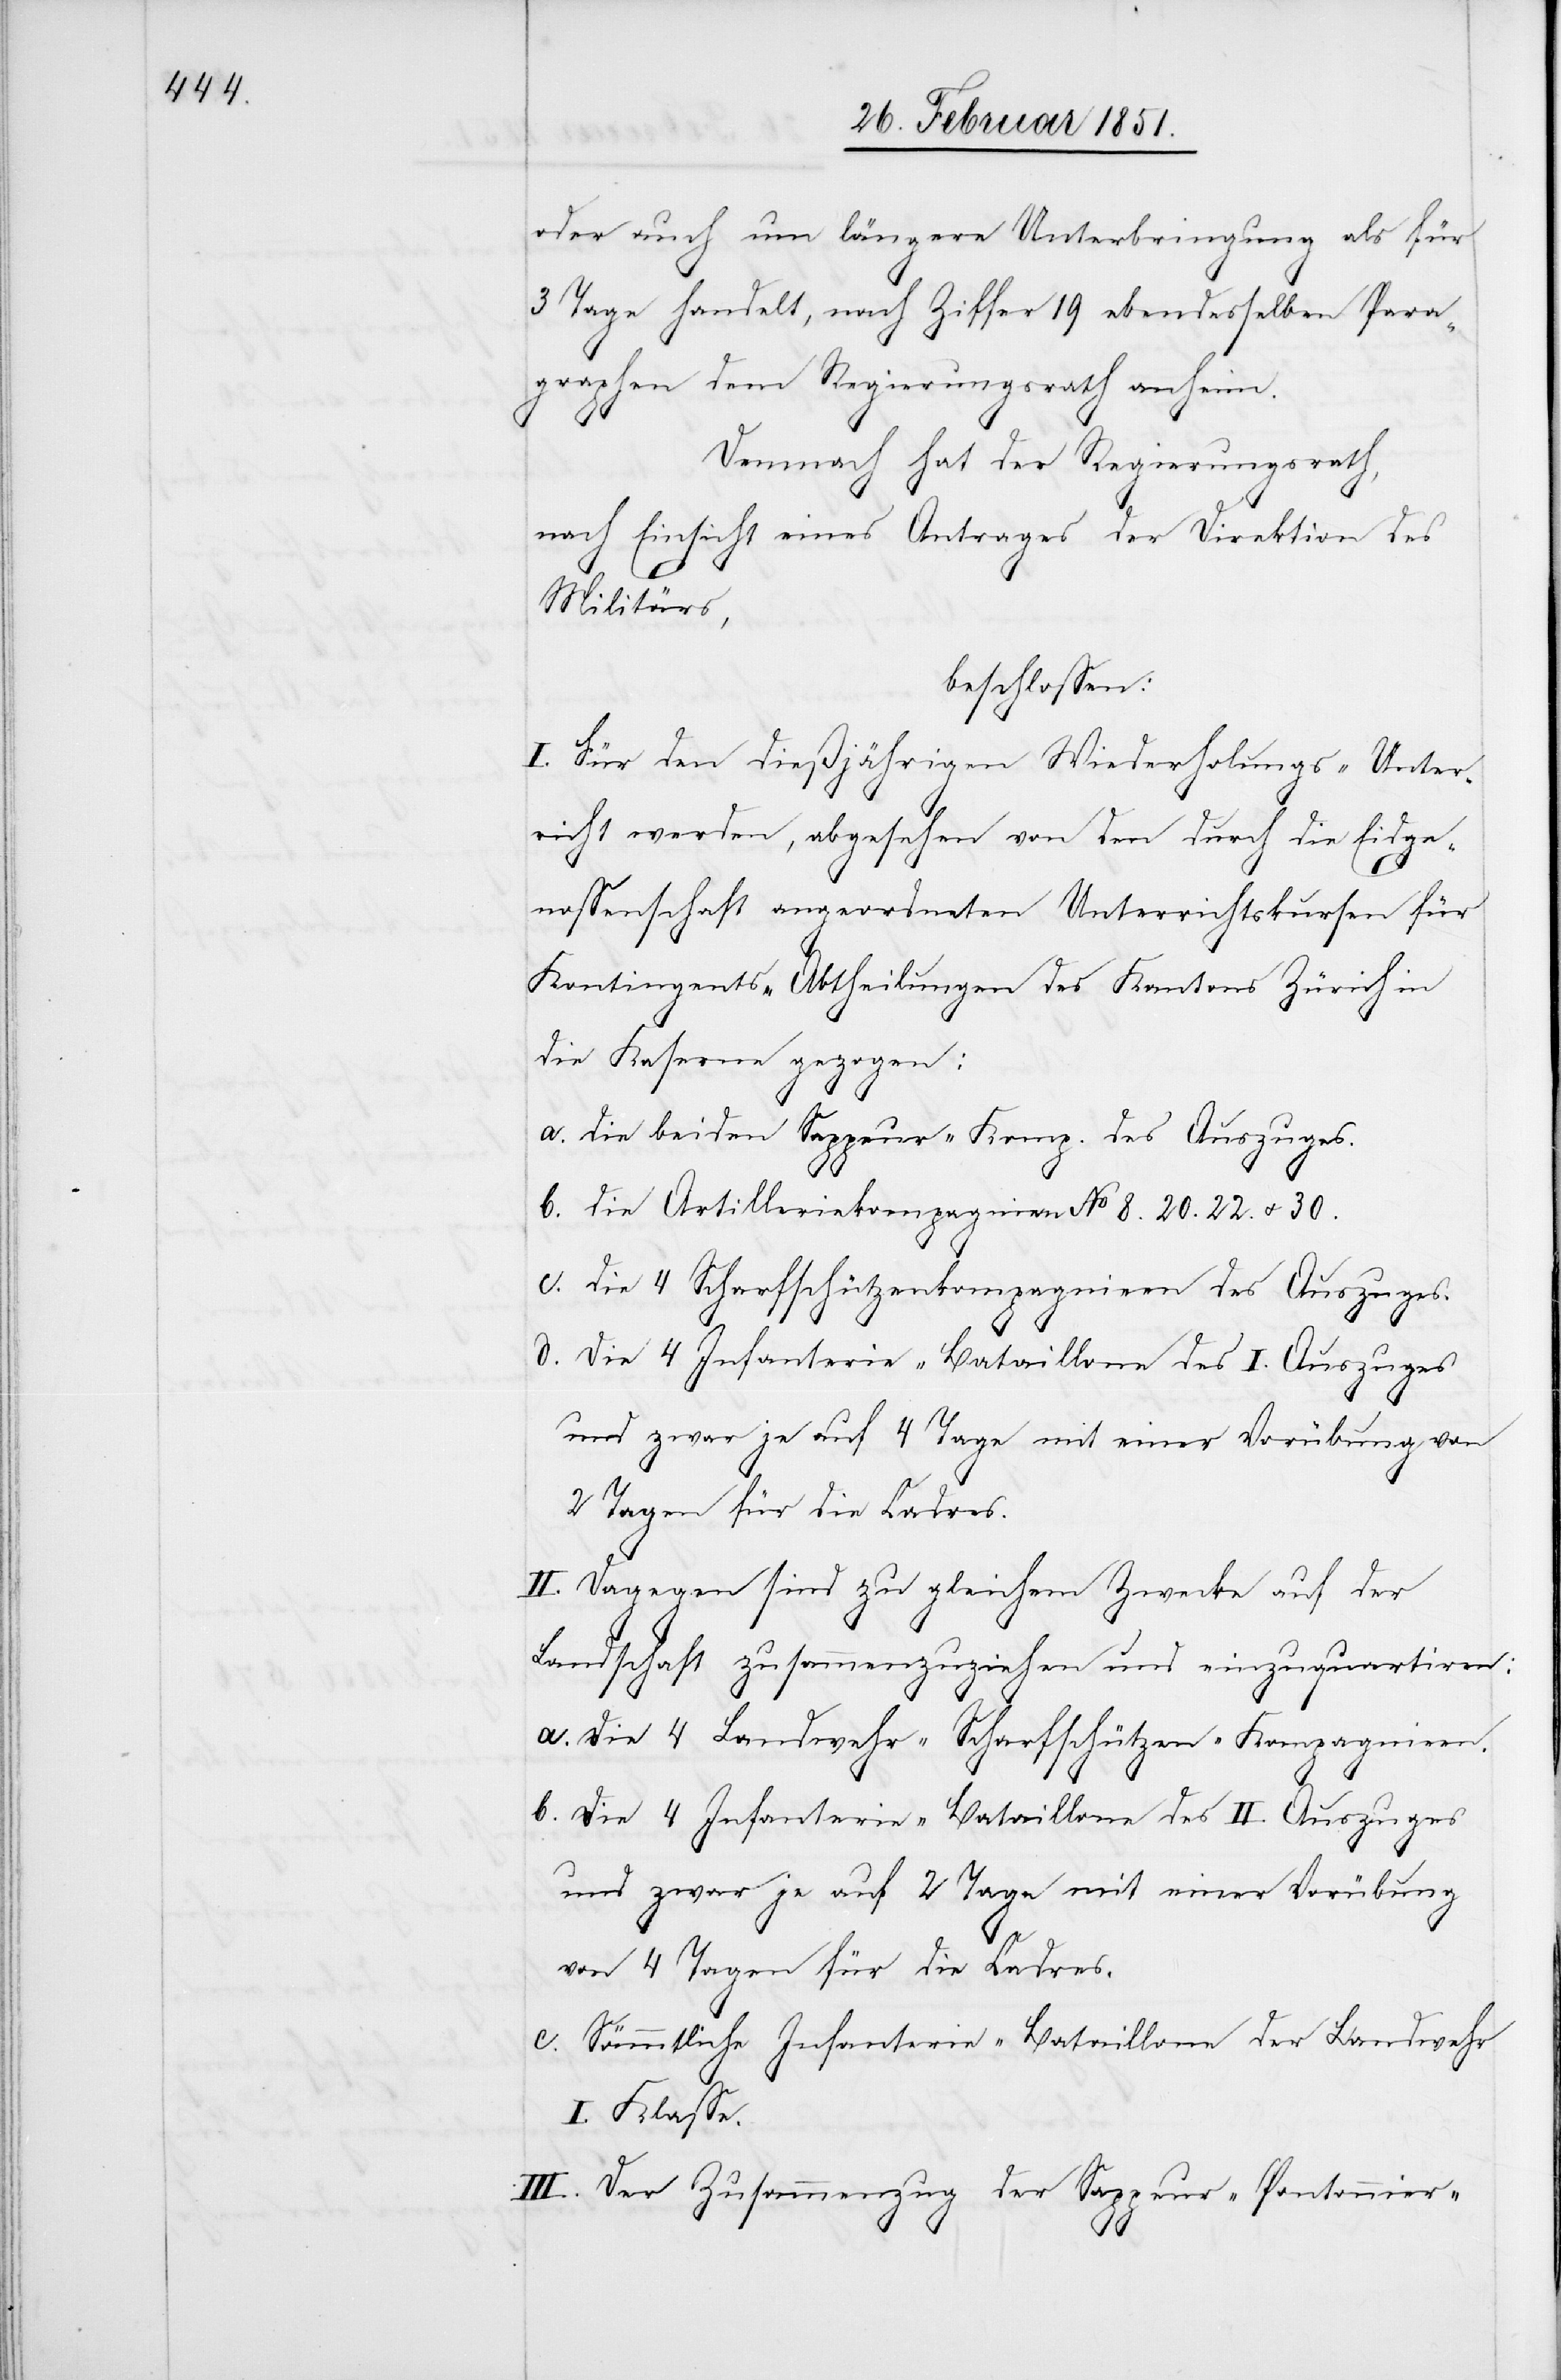
oder auch um längere Unterbringung als für
3 Tage handelt, nach Ziffer 19 ebendesselben Para¬
graphen dem Regierungsrath anheim.
Demnach hat der Regierungsrath,
nach Einsicht eines Antrages der Direktion des
Militärs,
beschlossen:
I. Für den dießjährigen Wiederholungs-Unter¬
richt werden, abgesehen von den durch die Eidge¬
nossenschaft angeordneten Unterrichtskursen für
Kontingents-Abtheilungen des Kantons Zürich in
die Kaserne gezogen:
die beiden Sappeur-Komp. des Auszuges.
die Artilleriekompagnien No 8.[,] 20.[,] 22. u. 30.
die 4 Scharfschützenkompagnien des Auszuges.
Die 4 Infanterie-Bataillone des I. Auszuges
und zwar je auf 4 Tage mit einer Vorübung von
2 Tagen für die Cadres.
II. Dagegen sind zu gleichem Zwecke auf der
Landschaft zusammenzuziehen und einzuquartiren:
Die 4 Landwehr-Scharfschützen-Kompagnien.
Die 4 Infanterie-Bataillone des II. Auszuges
und zwar je auf 2 Tage mit einer Vorübung
von 4 Tagen für die Cadres.
Sämmtliche Infanterie-Bataillone der Landwehr
I. Klasse.
III. Der Zusammenzug der Sappeur-Pontonnier-